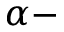
\alpha -